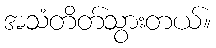
အသံတိတ်သွားတယ်။